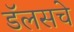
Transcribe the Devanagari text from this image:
डॅलसचे